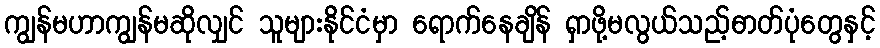
ကျွန်မဟာကျွန်မဆိုလျှင် သူများနိုင်ငံမှာ ရောက်နေချိန် ရှာဖို့မလွယ်သည့်ဓာတ်ပုံတွေနှင့်